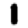
Digit: 1